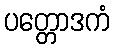
ပတ္တောဒကံ